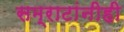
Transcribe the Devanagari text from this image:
सम्राटांनीही